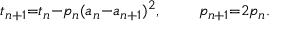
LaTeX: \scriptstyle t _ { n + 1 } = t _ { n } - p _ { n } ( a _ { n } - a _ { n + 1 } ) ^ { 2 } , \quad \quad p _ { n + 1 } = 2 p _ { n } .